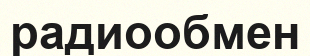
радиообмен